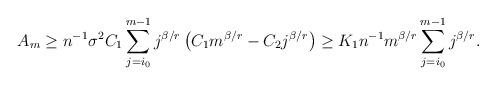
LaTeX: \begin{align*}A_m\geq n^{-1}\sigma^2 C_1\sum_{j=i_0}^{m-1} j^{\beta/r}\left(C_1 m^{\beta/r}-C_2 j^{\beta/r}\right)\geq K_1 n^{-1} m^{\beta/r}\sum_{j=i_0}^{m-1} j^{\beta/r}.\end{align*}